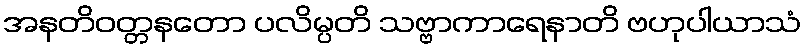
အနတိဝတ္တနတော ပလိမ္ပတိ သဗ္ဗာကာရေနာတိ ဗဟုပါယာသံ